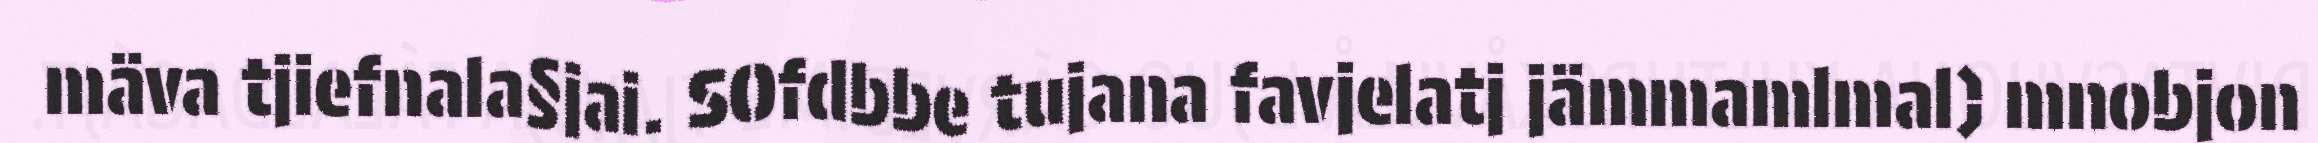
mäva tjiefnala§jai. SOfdbbe tujana favjelatj jämmamlmal) mnobjon